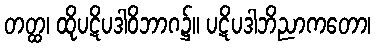
တတ္ထ၊ ထိုပဋိပဒါဝိဘာဂ၌။ ပဋိပဒါဘိညာကတော၊